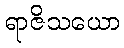
ရာဇိသယော